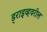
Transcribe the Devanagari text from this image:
ड्राइव्हवरील